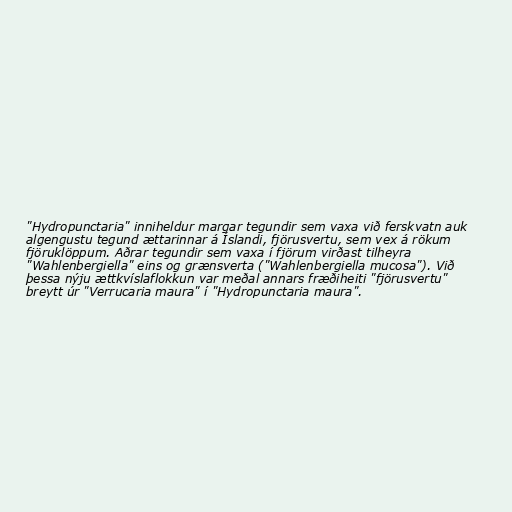
"Hydropunctaria" inniheldur margar tegundir sem vaxa við ferskvatn auk
algengustu tegund ættarinnar á Íslandi, fjörusvertu, sem vex á rökum
fjöruklöppum. Aðrar tegundir sem vaxa í fjörum virðast tilheyra
"Wahlenbergiella" eins og grænsverta ("Wahlenbergiella mucosa"). Við
þessa nýju ættkvíslaflokkun var meðal annars fræðiheiti "fjörusvertu"
breytt úr "Verrucaria maura" í "Hydropunctaria maura".